Subject: math
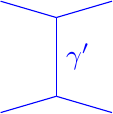
LaTeX code:
    \begin{tikzpicture}[baseline=0]
        \draw [blue] (0, -0.5) -- node [right] {$\gamma'$} (0, 0.5);
        \foreach \i in {0,1}
        {
        \draw [blue] (135-90*\i:1) -- (0,0.5);
        \draw [blue] (-45-90*\i:1) -- (0,-0.5);
        }
    \end{tikzpicture}